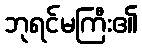
ဘုရင်မကြီး၏